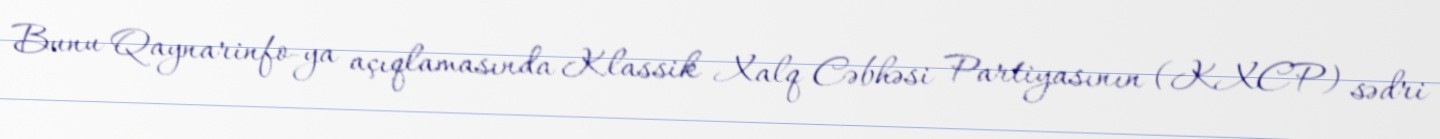
Bunu Qaynarinfo-ya açıqlamasında Klassik Xalq Cəbhəsi Partiyasının (KXCP) sədri